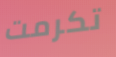
تكرمت